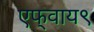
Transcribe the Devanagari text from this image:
एफ्‌वाय९